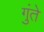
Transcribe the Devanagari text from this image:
गुंते